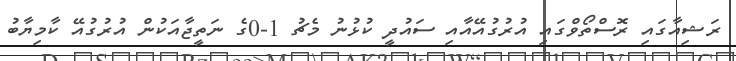
ރަޝިއާގައި ރޮސްތޯވްގައި އުރުގުއޭއާއި ސައުދީ ކުޅުނު މެޗު 1-0ގެ ނަތީޖާއަކުން އުރުގުއޭ ކާމިޔާބު